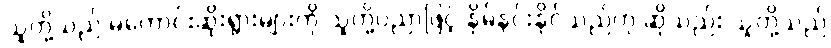
သူတို့သည် မကောင်းဆိုးရွားများကို သူတို့ပညာဖြင့် နှိမ်နင်းနိုင်သည်ဟု ဆိုသည်း သူတို့သည်